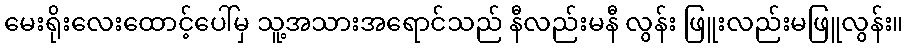
မေးရိုးလေးထောင့်ပေါ်မှ သူ့အသားအရောင်သည် နီလည်းမနီ လွန်း ဖြူးလည်းမဖြူလွန်း။